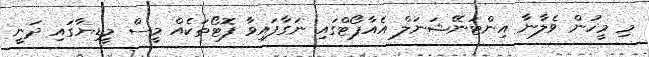
މި މީހުން ވެލާނާ އިންޓަނޭޝަނަލް އެއާޕޯޓްގައި ނަގާފައިވާ ފޮޓޯތަކެއް މީސް މީޑިޔާގައި ދަނީ